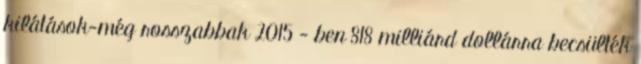
kilátások-még rosszabbak 2015 - ben 818 milliárd dollárra becsülték